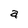
Character: a